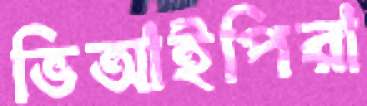
ভিআইপিরা